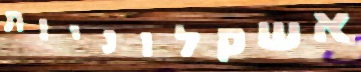
אשקלוניות